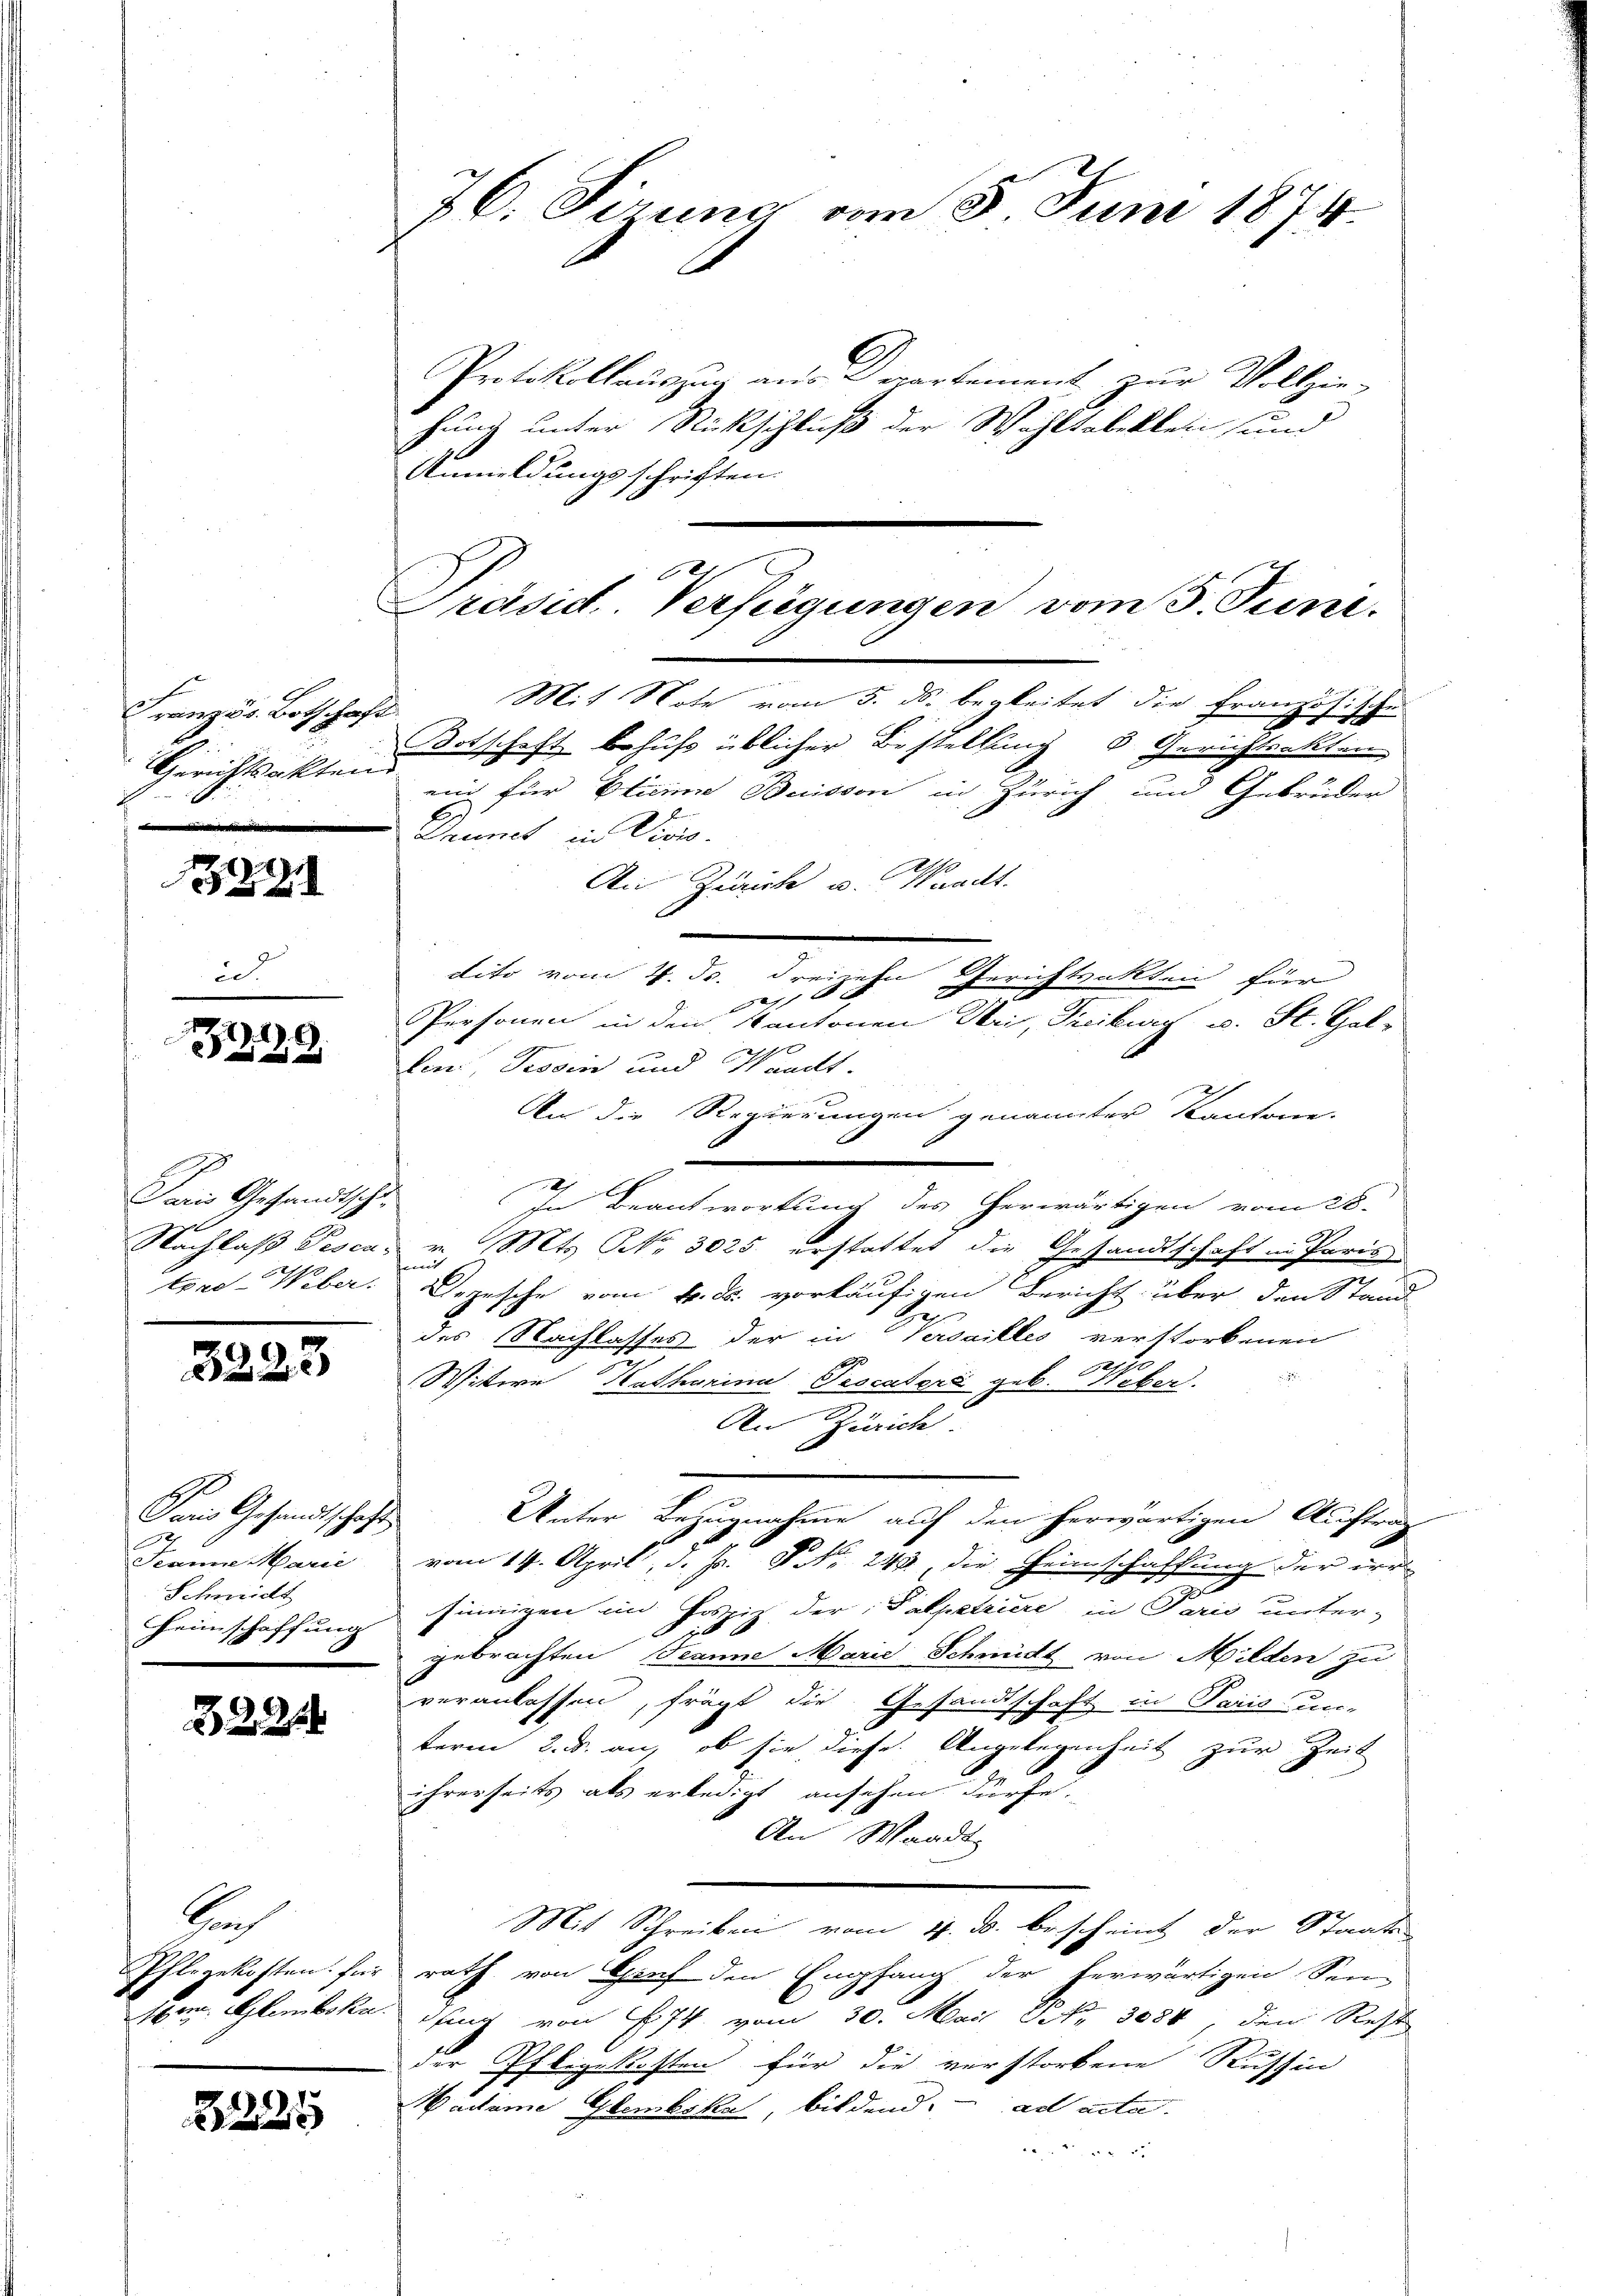
9

.

Fei Gesandtscha

525

23

Französ. Botschaft
Gerichtsakten
.

Paris Gesandtschaft
u
Schmidt

3224

Be

2225

Protokollauszug an Departement zur Vollzie-
hung unter Rückschluß der Wohltabellen und
Anmeldungsschriften.
Mit Note vom 5. ds. begleitet die Frau
zösische
Botschaft behufs üblicher Bestellung d Gerichtsakten
ein für Blume Buisson in Zürich und Gebrüder
Daumet in Vicis.
An Zürich u. Waadt.
dito vom 2. ds. dreizehn
Gerichtsakten für
18 x
Personen in den Kantonen Uri, Freiburg u. St. Gal-
9
a
ken: Tessin und Pandt-
An die Regierungen genannter Kantone.
In Beantwortung des herwärtigen vom 28.
Nachlaß Pesca, v. Mts. No 3025 erstattet die Gesandtschaft in Paris
tore Weber. Depesche vom 4. ds. vorläufigen Bericht über den Stand
l
des Nachlasses der in Versailles verstorbenen
1
gasse

Witere Katharina Teocatore geb. Lieber.
An Zürich.
Unter Bezugnahme auf den herwärtigen Auftrag
Jean Marie vom 14. April, d. Js. No. 240, die Heinschaffung der irr
Heimschaffung sinnigen im Frei der Salpetriere in Paris unter-
i
gebrachten Tanne Marie Schmidt von Milden zu
veranlassen, frägt die Gesandtschaft in Paris un-
term 2. d. an, ob sie diese Angelegenheit zur Zeit
ihrerseits als erledigt ansehen dürfe.
An Waadt
Mit Schreiben vom 4. d. bescheint der Staats-
Pflegekosten für rath von Graf den Empfang der herwärtigen Sen-
Hrn. Gleboka der von 174 vom 30. Mai fr. 3084, den Rest
der Pflegekosten für die verstorbene Russin
Madame Glembska, bildend. ad acta.
 x

76. Sirung vom 8. Juni 1874.

Präsid. Verfügungen vom 3. Juni.